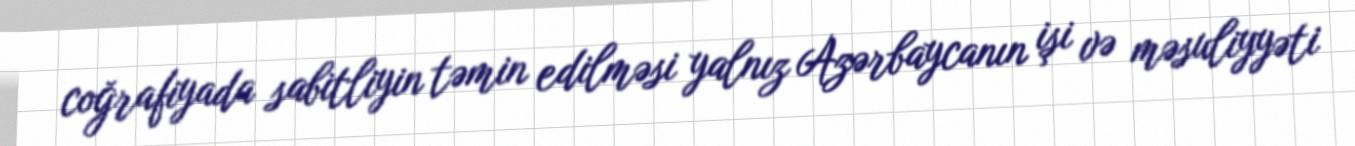
coğrafiyada sabitliyin təmin edilməsi yalnız Azərbaycanın işi və məsuliyyəti